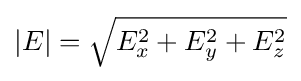
|E|={\sqrt {E_{x}^{2}+E_{y}^{2}+E_{z}^{2}}}